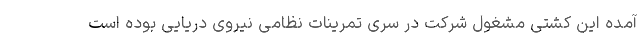
آمده این کشتی مشغول شرکت در سری تمرینات نظامی نیروی دریایی بوده است